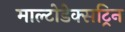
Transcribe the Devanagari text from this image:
माल्टोडेक्सट्रिन